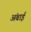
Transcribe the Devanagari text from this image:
अंबाई